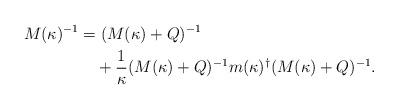
LaTeX: \begin{align*}M(\kappa)^{-1}&=(M(\kappa)+Q)^{-1}\\&\quad+\frac{1}{\kappa}(M(\kappa)+Q)^{-1}m(\kappa)^{\dagger}(M(\kappa)+Q)^{-1}.\end{align*}